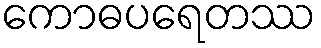
ကောဓပရေတဿ